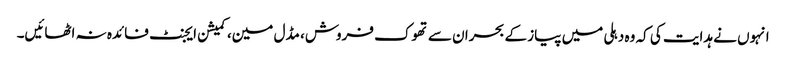
انہوں نے ہدایت کی کہ وہ دہلی میں پیاز کے بحران سے تھوک فروش، مڈل مین، کمیشن ایجنٹ فائدہ نہ اٹھائیں۔